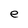
Character: e